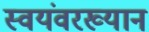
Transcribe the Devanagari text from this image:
स्वयंवरख्यान